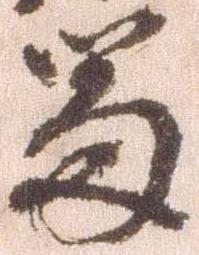
留